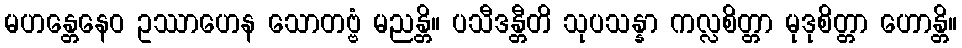
မဟန္တေနေဝ ဥဿာဟေန သောတဗ္ဗံ မညန္တိ။ ပသီဒန္တီတိ သုပသန္နာ ကလ္လစိတ္တာ မုဒုစိတ္တာ ဟောန္တိ။